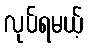
လုပ်ရမယ့်